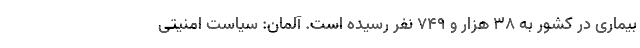
بیماری در کشور به ۳۸ هزار و ۷۴۹ نفر رسیده است. آلمان: سیاست امنیتی